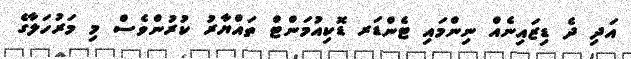
އަދި ދެ ޑިޒައިނެއް ނިންމައި ޓެންޑަރ ޑޮކިއުމަންޓް ތައްޔާރު ކުރުންވެސް މި މަރުހަލާގެ